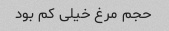
حجم مرغ خیلی کم بود